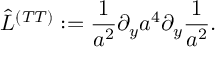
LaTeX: \hat { L } ^ { ( T T ) } : = { \frac { 1 } { a ^ { 2 } } } \partial _ { y } a ^ { 4 } \partial _ { y } { \frac { 1 } { a ^ { 2 } } } .